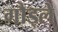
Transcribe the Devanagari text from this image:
गौड्ले